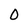
Character: O